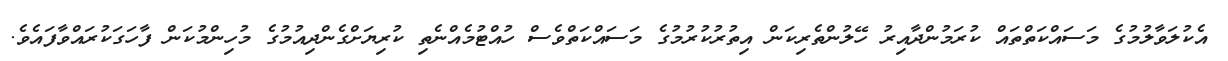
އެކުލަވާލުމުގެ މަސައްކަތްތައް ކުރަމުންދާއިރު ހޭލުންތެރިކަން އިތުރުކުރުމުގެ މަސައްކަތްވެސް ހުއްޓުމެއްނެތި ކުރިޔަށްގެންދިއުމުގެ މުހިންމުކަން ފާހަގަކުރައްވާފައެވެ.